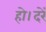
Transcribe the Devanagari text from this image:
हो।दरें